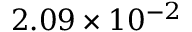
2 . 0 9 \times 1 0 ^ { - 2 }